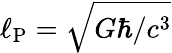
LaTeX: \ell_{\mathrm{P}}={\sqrt{G\hbar/c^{3}}}